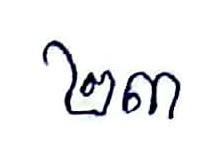
២៣